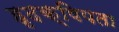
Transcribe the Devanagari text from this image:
हृदक्षिपता